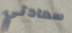
سعادتي